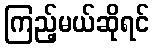
ကြည့်မယ်ဆိုရင်